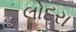
લોદરા